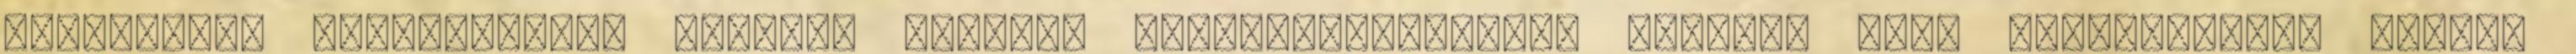
kipurcanás következett, szerdán annyira használhatatlanok voltak, hogy strandoltunk egyet.